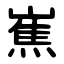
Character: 嶣